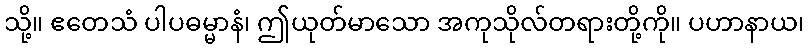
သို့။ ဧတေသံ ပါပဓမ္မာနံ၊ ဤယုတ်မာသော အကုသိုလ်တရားတို့ကို။ ပဟာနာယ၊